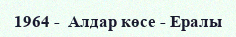
1964 -  Алдар көсе - Ералы